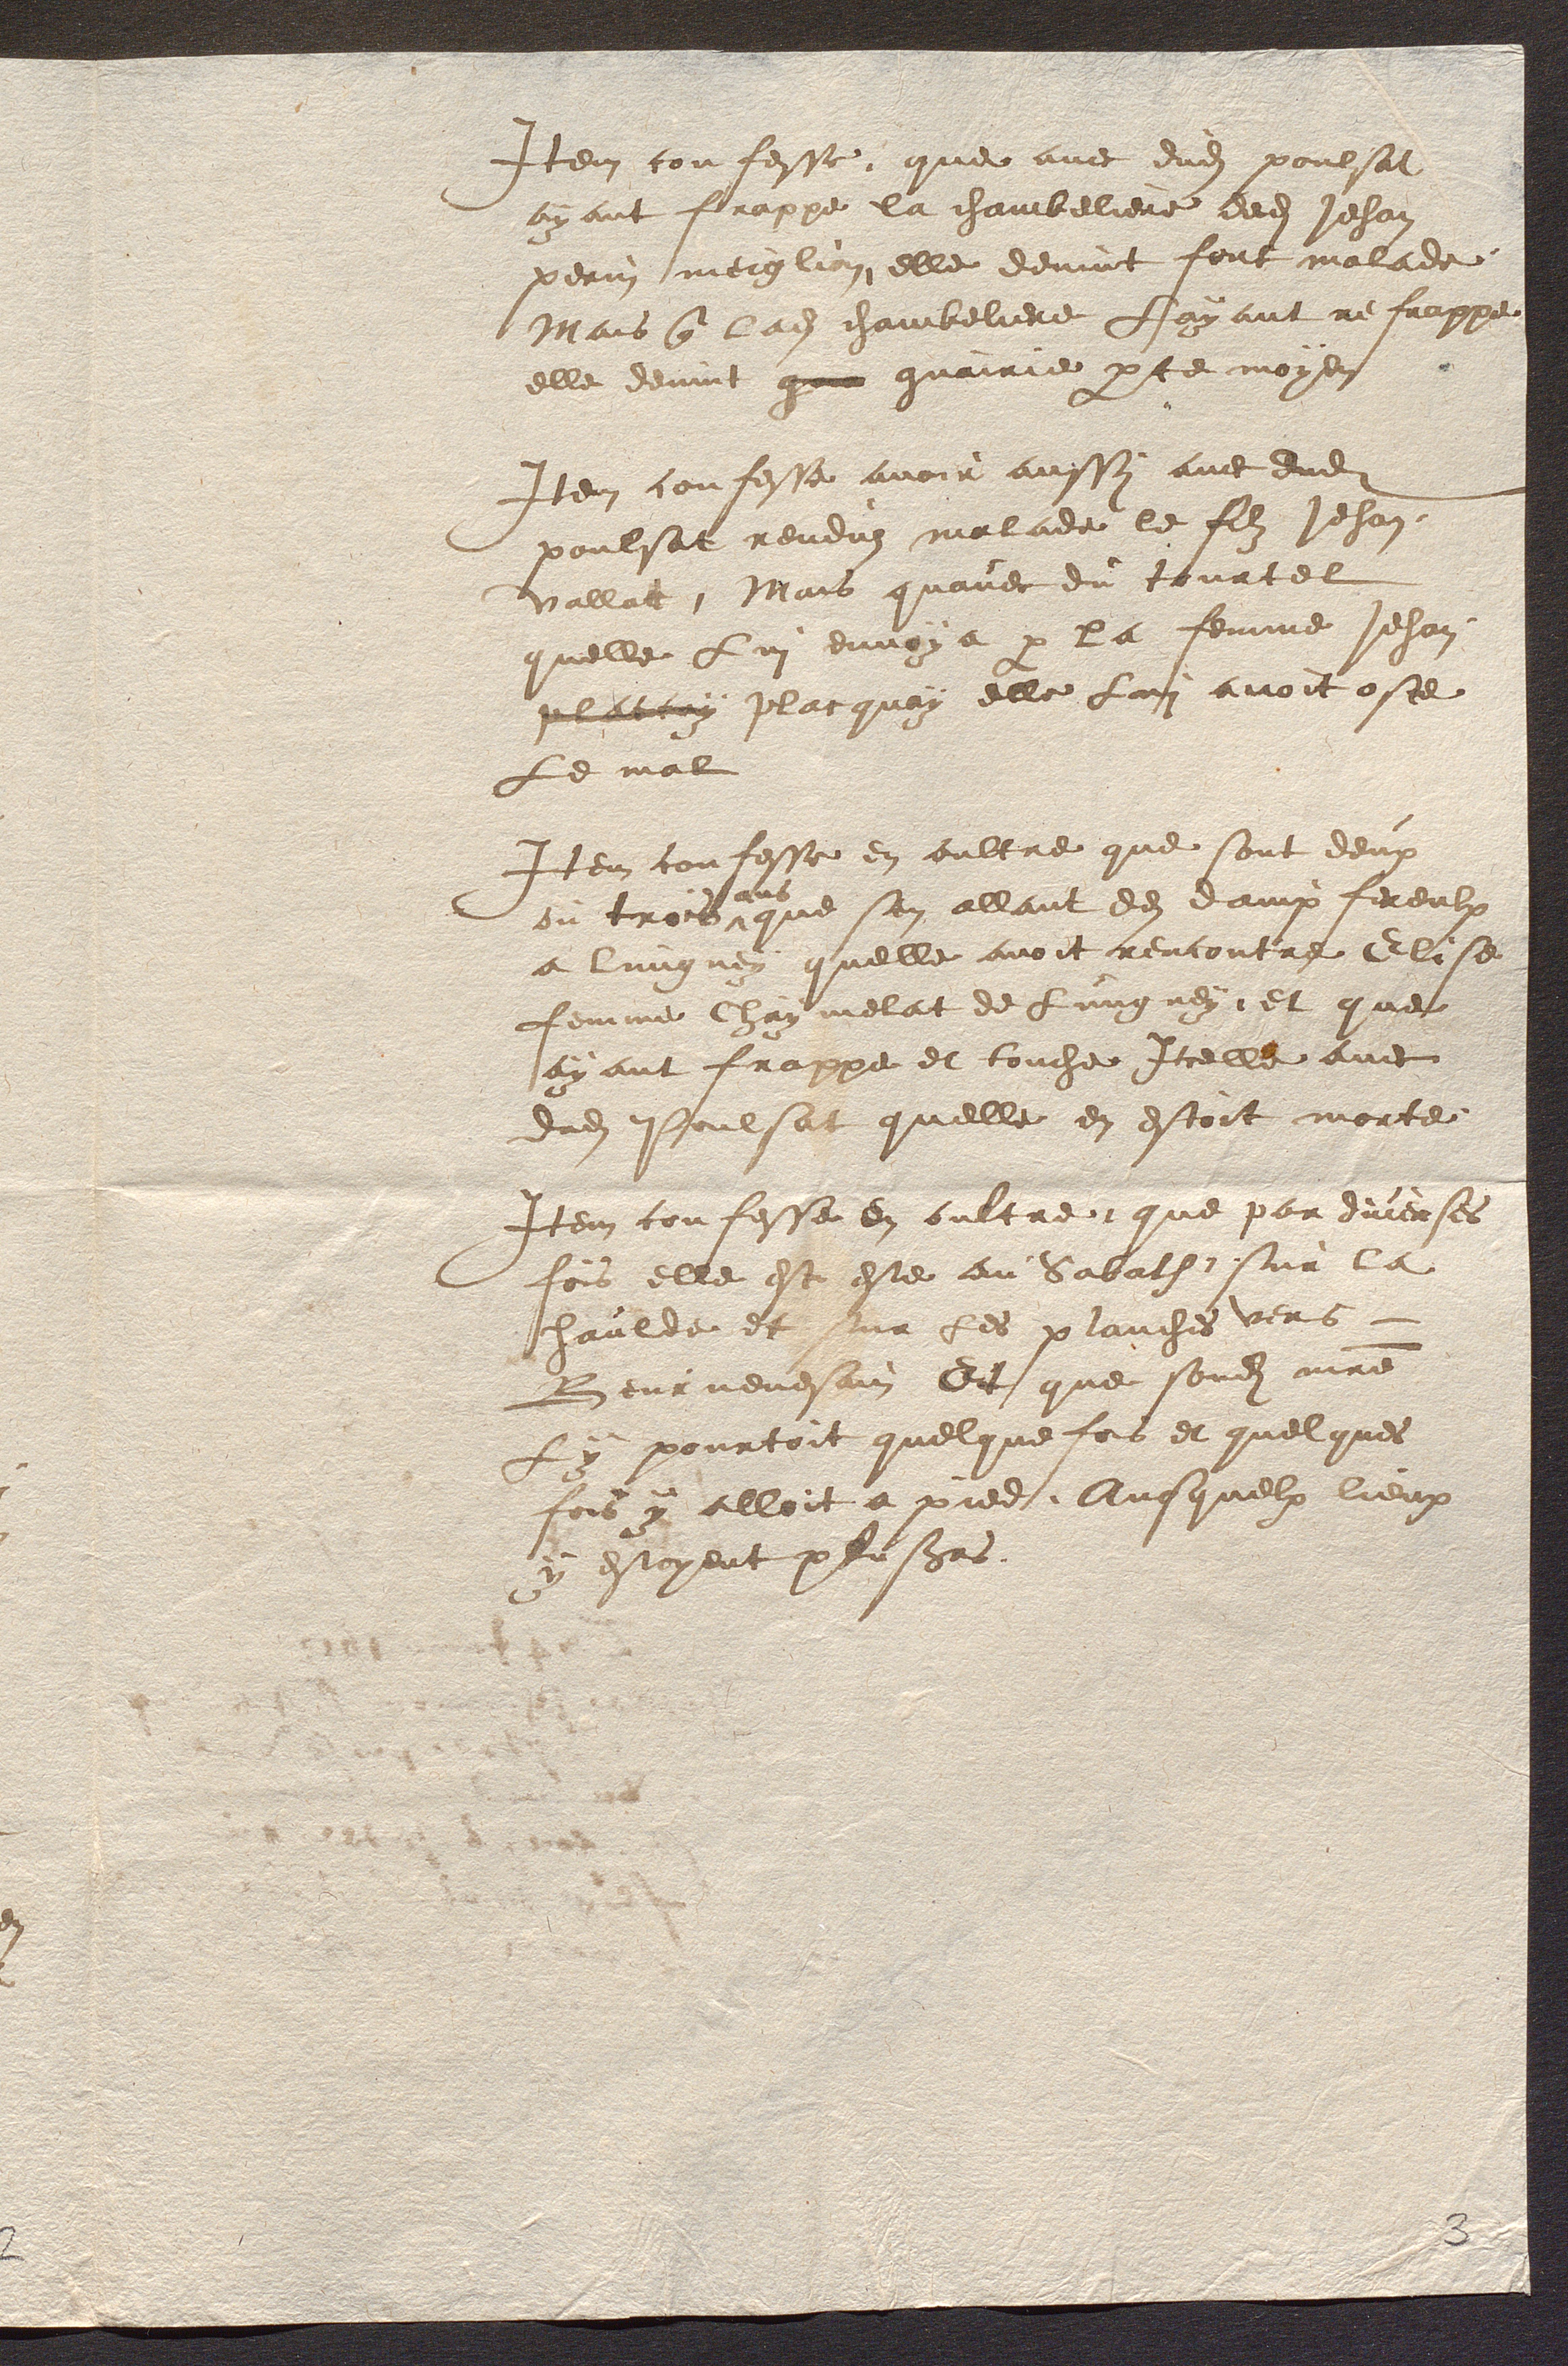
Item confesse que avec dudit poulsat
ayant frappe la chambeliere dudit Jehan
perin meiglion elle devint fout malade
Mais que ladite chambeliere Layant refrappe
elle devint qui guairie par te moyen
Item confesse avoir aussy avec dudit
poulsat renduz malade le filz Jehan
vallat Mais quavec du tourtel
quelle Lui envoya par la femme Jehan
plattuy placquoy elle Lui avoit oste
Le mal
Item confesse en oultre que sont deux
ou trois
ans
que sen allant de dampfereulx
a lungney quelle avoit rencontre Elise
femme Chaymelat de Lungney et que
ayant frappe et touche Icelle avec
dudit Poulsat quelle en estoit morte
Item confesse en oultre que par diverses
fois elle est este au Sabath sur la
haulde et sur les planches vers
Beurnevesain Et que sondit maitre
ly pourtoit quelque fois et quelques
fois y alloit a pied Ausquelx lieux
y estoyent plusieurs